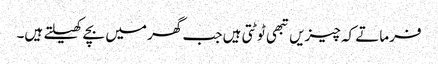
فرماتے کہ چیزیں تبھی ٹوٹتی ہیں جب گھر میں بچے کھیلتے ہیں۔